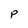
Character: P